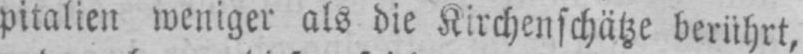
pitalien weniger als die Kirchenschätze berührt,